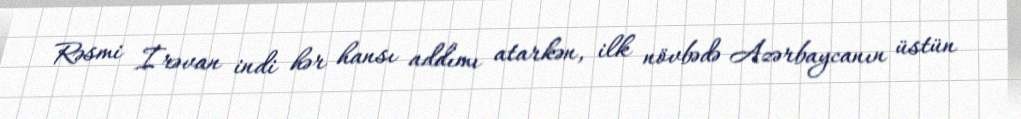
Rəsmi İrəvan indi hər hansı addımı atarkən, ilk növbədə Azərbaycanın üstün